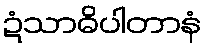
ဍံသာဓိပါတာနံ